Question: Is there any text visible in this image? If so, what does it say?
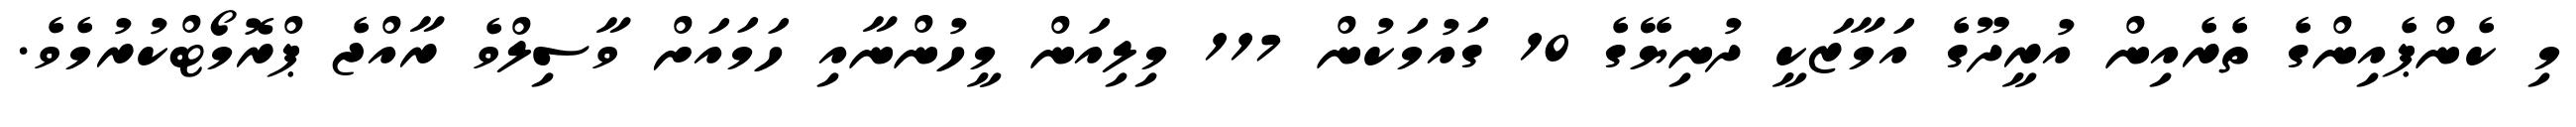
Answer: މި ކެންޕެއިންގެ ތެރެއިން އުރީދޫގެ އަމާޒަކީ ދުނިޔޭގެ 10 ގައުމަކުން 117 މިލިއަން މީހުންނާއި ހަމައަށް ވާސިލްވެ ރާއްޖެ ޕްރޮމޯޓްކުރުމެވެ.